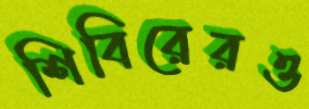
শিবিরেরও